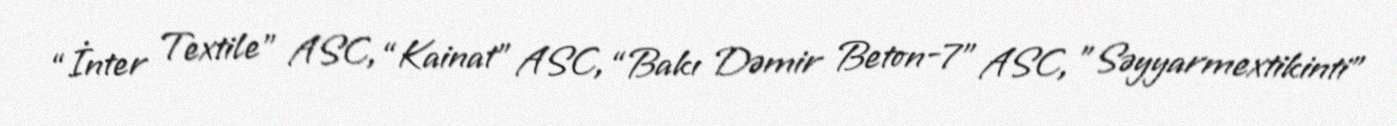
“İnter Textile” ASC, “Kainat” ASC, “Bakı Dəmir Beton-7" ASC, ”Səyyarmextikinti"